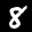
Label: 8